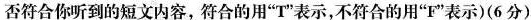
否符合你听到的短文内容,符合的用"T"表示,不符合的用"F"表示)(6 分)